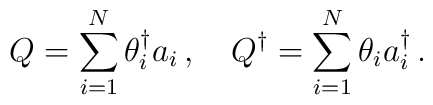
Q= \sum_{i=1}^N \theta_i^\dagger a_i\,, \quad Q^\dagger =\sum_{i=1}^N \theta_i a_i^\dagger\,.